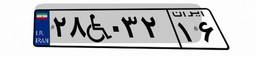
۲۸W۰۳۲۱۶